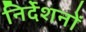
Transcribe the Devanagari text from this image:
निर्देशनों